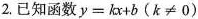
2.已知函数$$y = k x + b ( k ≠ 0 )$$